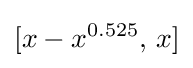
[x-x^{0.525},\,x]